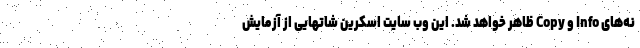
نه‌های Info و Copy ظاهر خواهد شد. این وب سایت اسکرین شاتهایی از آزمایش